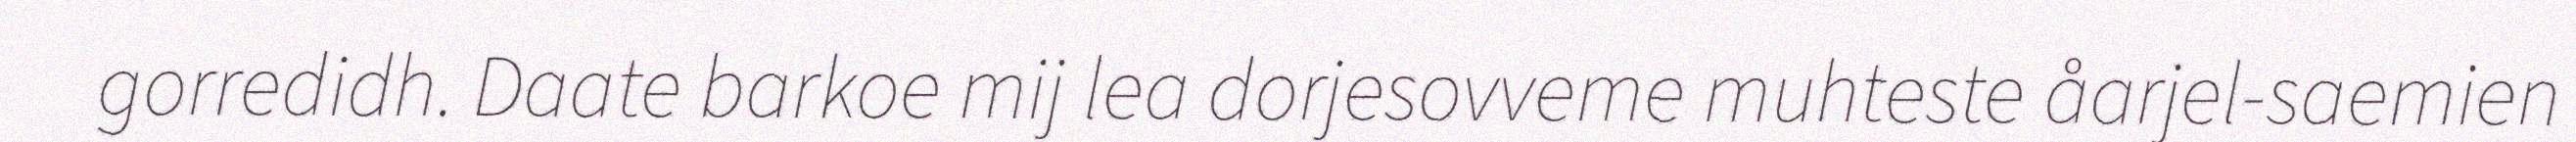
gorredidh. Daate barkoe mij lea dorjesovveme muhteste åarjel-saemien